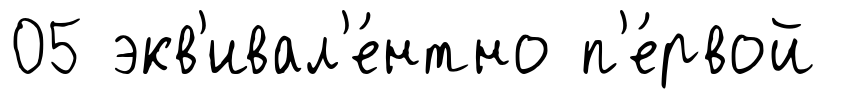
05 экв'ивал'е́нтно п'е́рвой